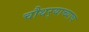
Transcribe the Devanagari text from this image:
चौथर्‍याच्याच